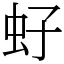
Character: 虸